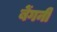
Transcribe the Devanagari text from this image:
बेंगनी